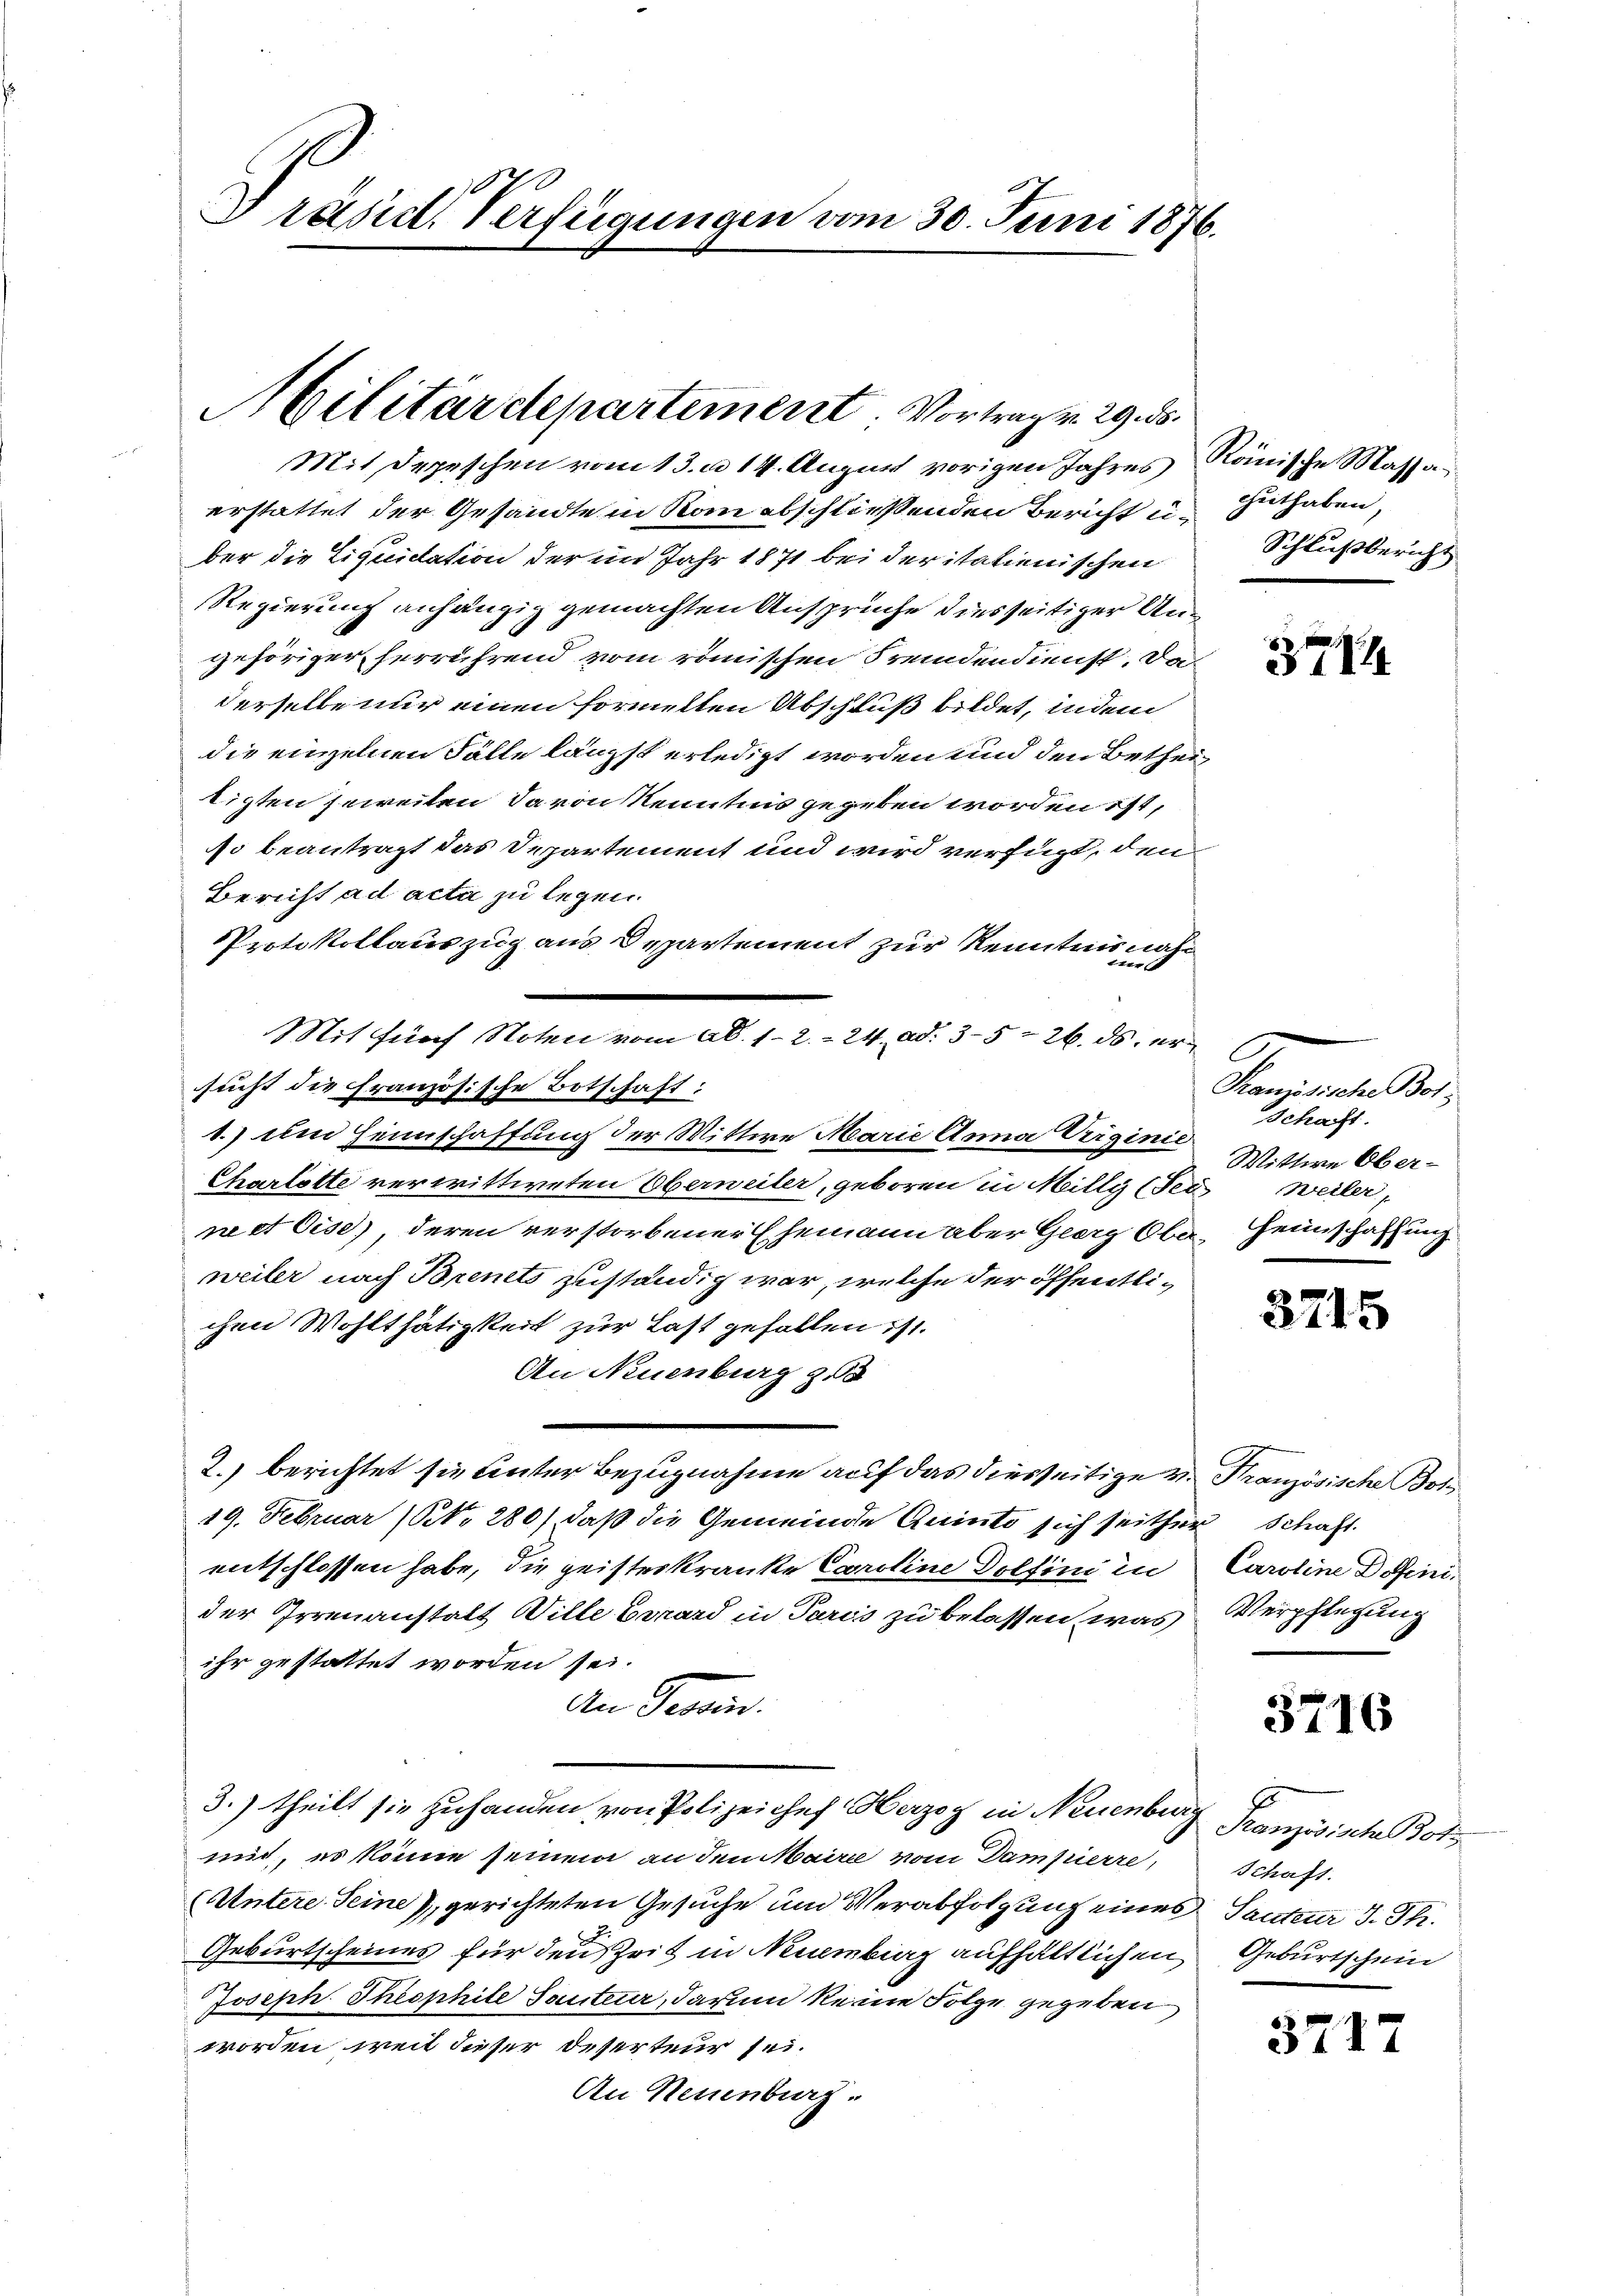
Dräsid. Verfügungen vom 30. Juni 1876.

Militärdepartement. Vortrag 29. ds.

Mit Depeschen vom 13. u 14. August vorigen Jahres Rainische Massa
erstattet der Gesandte in Rom abschließenden Bericht u. Guthaben,
ber die Liquidation der im Jahr 1871 bei der italienischen
Regierung anhängig gemachten Ansprüche diesseitiger Angehöriger herrührend vom römischen Fremdendienst. Daderselbe nur einen formelten Abschluß bildet, indem
die einzelnen Fälle längst erledigt worden und den Betheitigten jeweiten davon Kenntnis gegeben worden ist,
so beantragt das Departement und wird verfügt, den
Bericht ad acta zu legen.
Protokollauszug aus Departement zur Kenntnisnahsucht die Französische Botschaft:
1.) Um Heimschaffung der Mittwe Marie Anna Vriginić
Charlotte verwittweten Oberweiler, geboren in Millg (Jed Weiler,
ne et Oise), deren verstorbener Ehemann aber Georg Ober Heimschaffung
weiler nach Brinets zuständig war, welche der öffentlichen Wohlthätigkeit zur Last gefallen ist.
An Neuenburg z. 58
2.) berichtet sie unter Bezugnahme auf das diesseitige v. Französische Bot
19. Februar (NNo. 280), daß die Gemeinde Quinto sich seither Schaft.
entschlossen habe, die geisteskranke Caroline Dolfini in Caroline Definider Irrenanstalt Wille Berard in Paris zu belassen, was Verpflegung
ihr gestattet worden sei.
den Gemeinr.
3.) theilt sie zuhanden von Polizeichef Herzog in Neuenburg
mit, es könne seinem an den Maire vom Dampierre
Untere Seine, gerichteten Gesuche und Verabfolgung eines Sauter J. Th.
Geburtscheines für den Zeit in Neuenburg aufhältlichen,
Joseph Theophile Sauteur, darum keine Folge gegeben
worden, weit dieser Deserteur sei.
An Neuenburg.

it fünf Noten vom 26. 1. 2.- 24. ad. 35 = 26. ds. er

Schlußbericht

3714

C
Paniösische Bot
schaft.
Wittwe Ober¬

3215

3716

Französische Bot
Schaft.
Geburtschein

3717